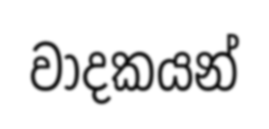
වාදකයන්